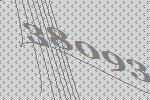
38093